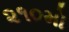
૨૧૦મો